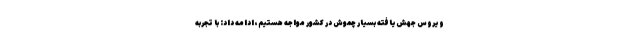
ویروس جهش‌یافته بسیار چموش در کشور مواجه هستیم، ادامه داد: با تجربه